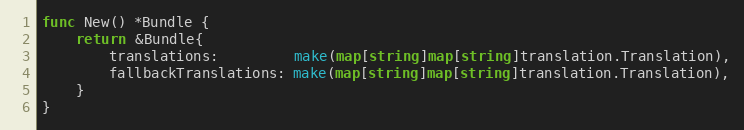
Language: Go
func New() *Bundle {
	return &Bundle{
		translations:         make(map[string]map[string]translation.Translation),
		fallbackTranslations: make(map[string]map[string]translation.Translation),
	}
}